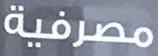
مصرفية